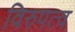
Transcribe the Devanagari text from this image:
विरुपत्व